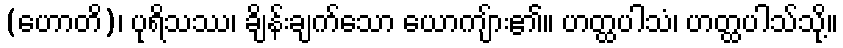
(ဟောတိ)၊ ပုရိသဿ၊ ချိန်းချက်သော ယောကျ်ား၏။ ဟတ္ထပါသံ၊ ဟတ္ထပါသ်သို့။